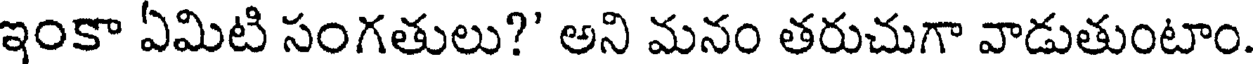
ఇంకా ఏమిటి సంగతులు?' అని మనం తరుచుగా వాడుతుంటాం